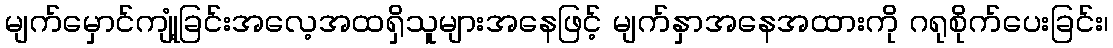
မျက်မှောင်ကျုံ့ခြင်းအလေ့အထရှိသူများအနေဖြင့် မျက်နှာအနေအထားကို ဂရုစိုက်ပေးခြင်း၊